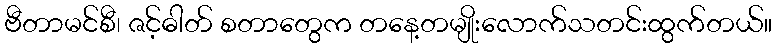
ဗီတာမင်စီ၊ ဇင့်ဓါတ် စတာတွေက တနေ့တမျိုးလောက်သတင်းထွက်တယ်။